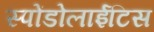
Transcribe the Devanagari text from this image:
स्पोंडोलाईटिस